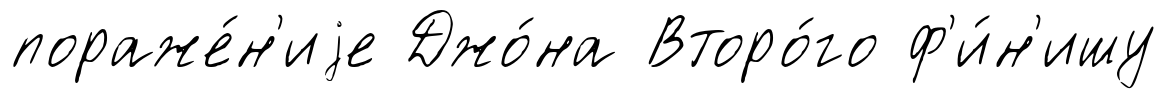
пораже́н'иjе Джо́на Второ́го ф'и́н'ишу